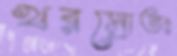
খরস্রোতঃ